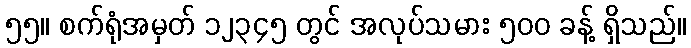
၅၅။ စက်ရုံအမှတ် ၁၂၃၄၅ တွင် အလုပ်သမား ၅၀၀ ခန့် ရှိသည်။